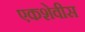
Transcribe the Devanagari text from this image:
एकशेवीस